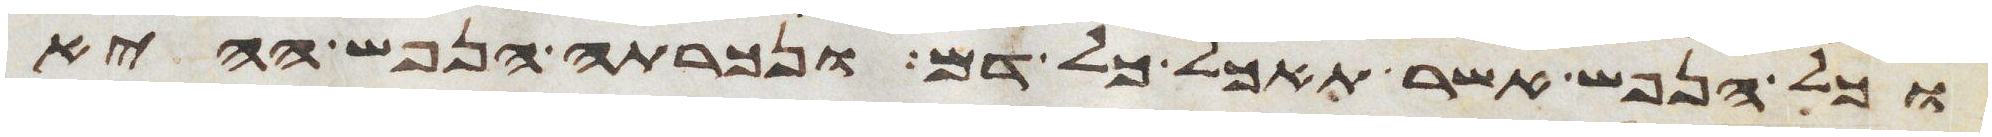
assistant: וכל הנפש אשר תאכל כל דם ונכרתה הנפש ההיא